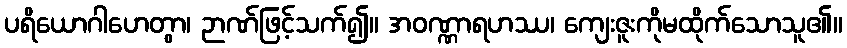
ပရိယောဂါဟေတွာ၊ ဉာဏ်ဖြင့်သက်၍။ အဝဏ္ဏာရဟဿ၊ ကျေးဇူးကိုမထိုက်သောသူ၏။